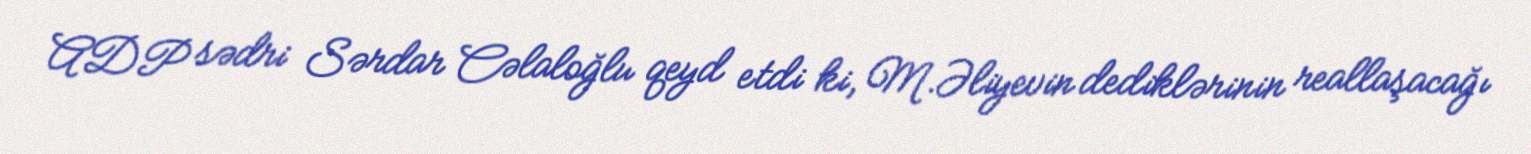
ADP sədri Sərdar Cəlaloğlu qeyd etdi ki, M.Əliyevin dediklərinin reallaşacağı